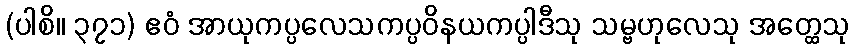
(ပါစိ။ ၃၇၁) ဧဝံ အာယုကပ္ပလေသကပ္ပဝိနယကပ္ပါဒီသု သမ္ဗဟုလေသု အတ္ထေသု